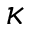
\kappa